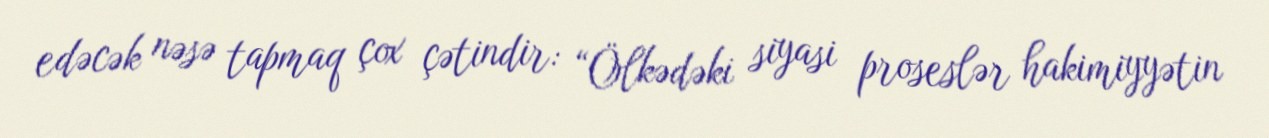
edəcək nəsə tapmaq çox çətindir: “Ölkədəki siyasi proseslər hakimiyyətin